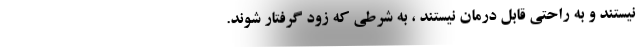
نیستند و به راحتی قابل درمان نیستند ، به شرطی كه زود گرفتار شوند.